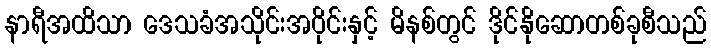
နာရီအထိသာ ဒေသခံအသိုင်းအဝိုင်းနှင့် မိနစ်တွင် ဒိုင်နိုဆောတစ်ခုစီသည်